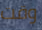
وقت